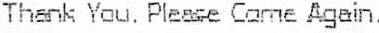
THANK YOU. PLEASE COME AGAIN.